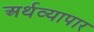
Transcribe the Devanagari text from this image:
अर्थव्यापार